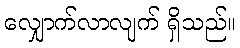
လျှောက်လာလျက် ရှိသည်။